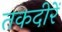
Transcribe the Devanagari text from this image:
तकदीरें